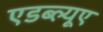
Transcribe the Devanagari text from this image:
एडब्ल्यूए